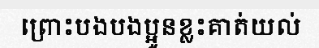
ព្រោះបងបងប្អូនខ្លះគាត់យល់